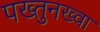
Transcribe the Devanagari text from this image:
पख्तुनख्वा